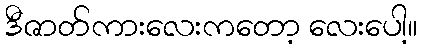
ဒီဇာတ်ကားလေးကတော့ လေးပေါ့။